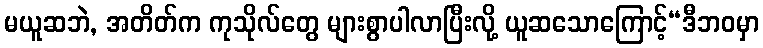
မယူဆဘဲ, အတိတ်က ကုသိုလ်တွေ များစွာပါလာပြီးလို့ ယူဆသောကြောင့်“ဒီဘဝမှာ